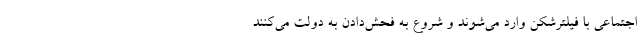
اجتماعی با فیلترشکن وارد می‌شوند و شروع به فحش‌دادن به دولت می‌کنند